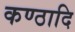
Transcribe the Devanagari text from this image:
कण्ठादि